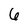
Character: 6